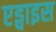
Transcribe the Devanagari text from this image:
एड्वाइस